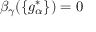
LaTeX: \beta _ { \gamma } ( \{ g _ { \alpha } ^ { * } \} ) = 0